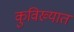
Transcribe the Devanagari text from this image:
कुविख्यात